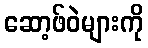
ဆော့ဖ်ဝဲများကို